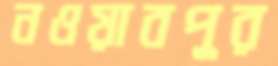
নওয়াবপুর